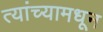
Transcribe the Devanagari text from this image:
त्यांच्यामधून